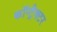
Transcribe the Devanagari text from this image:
कॉन्ट्रैक्टर